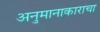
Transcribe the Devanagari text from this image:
अनुमानाकाराचा